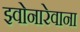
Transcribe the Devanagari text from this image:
झ्वोनारेवाना